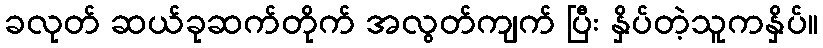
ခလုတ် ဆယ်ခုဆက်တိုက် အလွတ်ကျက် ပြီး နှိပ်တဲ့သူကနှိပ်။